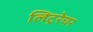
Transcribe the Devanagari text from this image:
लिट्ररेचर